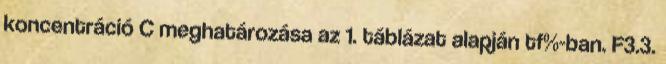
koncentráció C meghatározása az 1. táblázat alapján tf%-ban. F3.3.